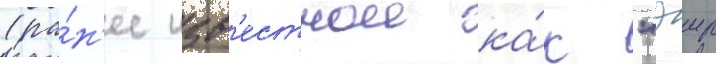
(ра́н'ее изв'естнои ка́к "эир